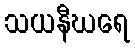
သယနီဃရေ